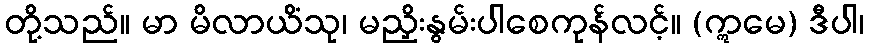
တို့သည်။ မာ မိလာယိံသု၊ မညှိးနွမ်းပါစေကုန်လင့်။ (ဣမေ) ဒီပါ၊